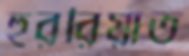
হুররিয়াত